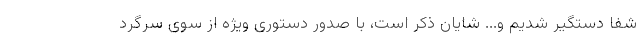
شفا دستگیر شدیم و... شایان ذکر است، با صدور دستوری ویژه از سوی سرگرد